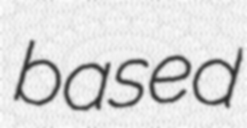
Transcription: based